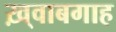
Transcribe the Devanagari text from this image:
ख़्वाबगाह